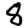
Digit: 8